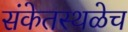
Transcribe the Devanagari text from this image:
संकेतस्थळेच